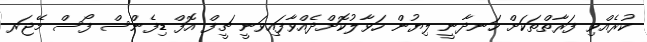
ކުރެއްވި ފަރާތްތަކަށް ހަނދާނީ ލިޔުން ހަވާލުކޮށްދެއްވާފައިވަނީ ޗީފް އޮފް ޑިފެންސް ފޯސް މޭޖަރ